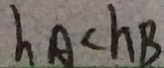
h _ { A } < h _ { B }